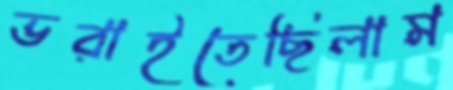
ভরাইতেছিলাম